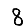
Digit: 8